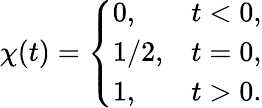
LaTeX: \chi(t)=\left\{ \begin{array}{ll}{0,}&{t<0,}\\ {1/2,}&{t=0,}\\ {1,}&{t>0.}\end{array}\right.